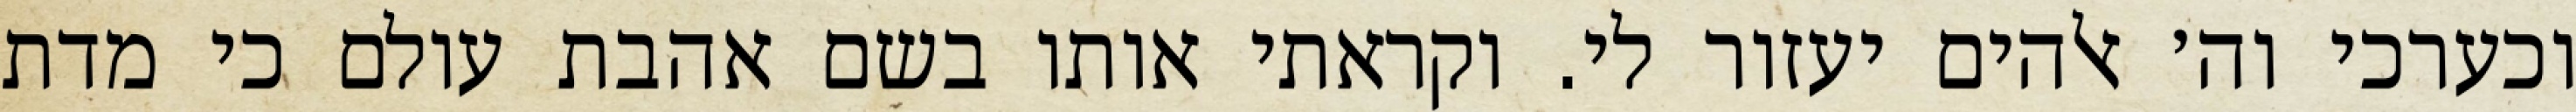
וכערכי וה׳ אלהים יעזור לי. וקראתי אותו בשם אהבת עולם כי מדת